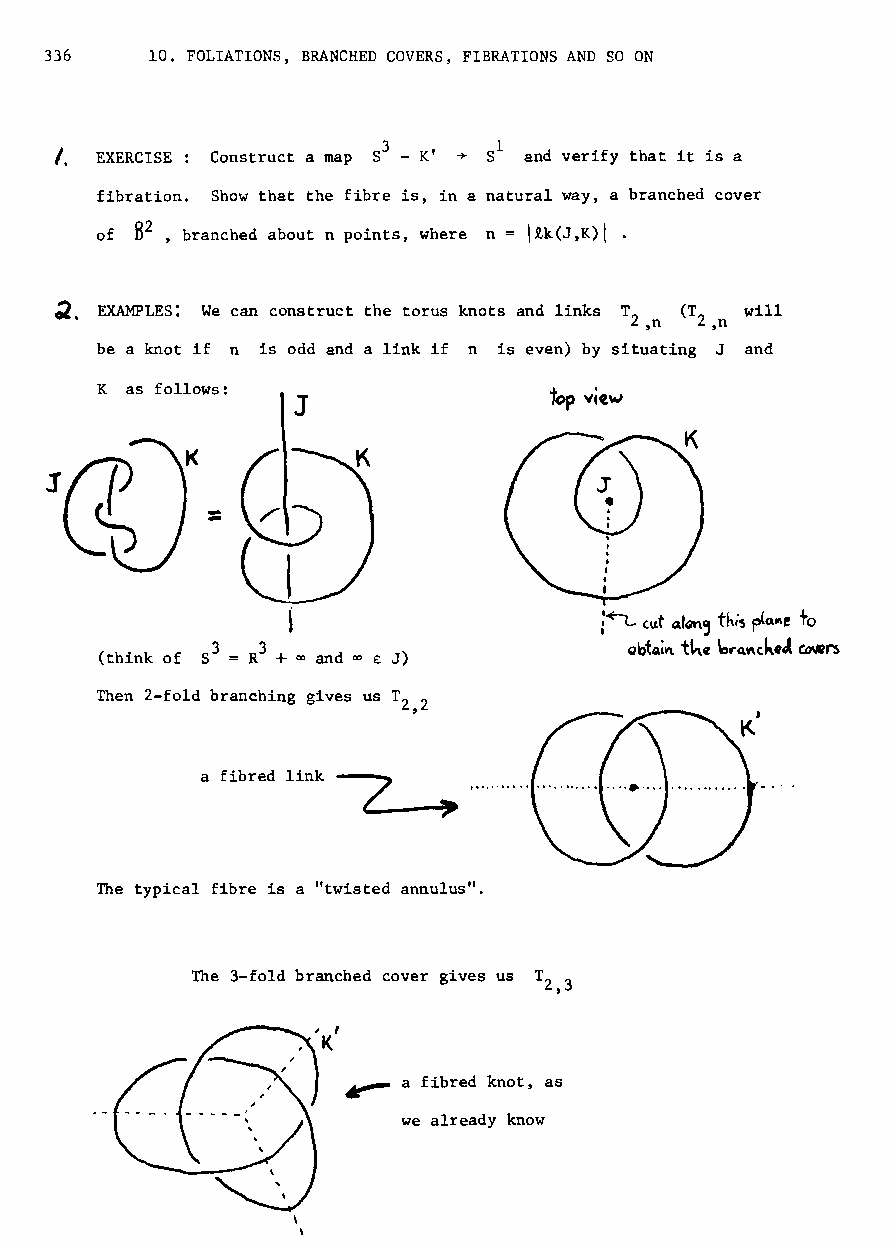
336    10. FOLIATIONS, BRANCHED COVERS, FIBRATIONS AND SO ON
 I. EXERCISE : Construct a map  and verify that it is a
 fibration. Show that the fibre is, in a natural way, a branched cover
 of HZ , branched about n points, where n = lik(J,K)I .
 EXAMPLES: We can construct the torus knots and links T (T will
 2,n 2,n
 be a knot if n is odd and a link if n is even) by situating J and
 K as follows:
 J
 ..
 ;~ cut "I"n, this p(QM! to
 (think of 53 = R3 + 00 and 00 £ J) QbtQi~ t~e brQ.~th..tl CD'Rrs
 Then 2-fold branching gives us T ,2
 Z
 The typical fibre is a "twisted annulus".
 The 3-fold branched cover gives us T Z,3
 ~   a fibred knot, as
 we already know
 \
 \